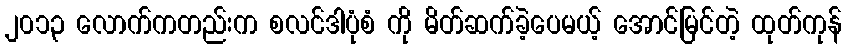
၂၀၁၃ လောက်ကတည်းက စလင်ဒါပုံစံ ကို မိတ်ဆက်ခဲ့ပေမယ့် အောင်မြင်တဲ့ ထုတ်ကုန်